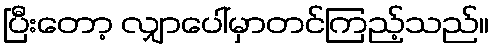
ပြီးတော့ လျှာပေါ်မှာတင်ကြည့်သည်။